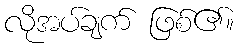
လိုအပ်ချက် ဖြစ်၏။